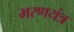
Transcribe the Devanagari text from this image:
भरणयंत्र